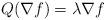
LaTeX: \begin{align*}Q(\nabla f)=\lambda \nabla f\end{align*}